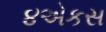
૪એકસ